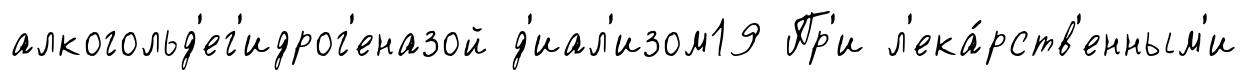
алкогольд'ег'идрог'еназой д'иал'изом19 Пр'и л'ека́рств'енным'и